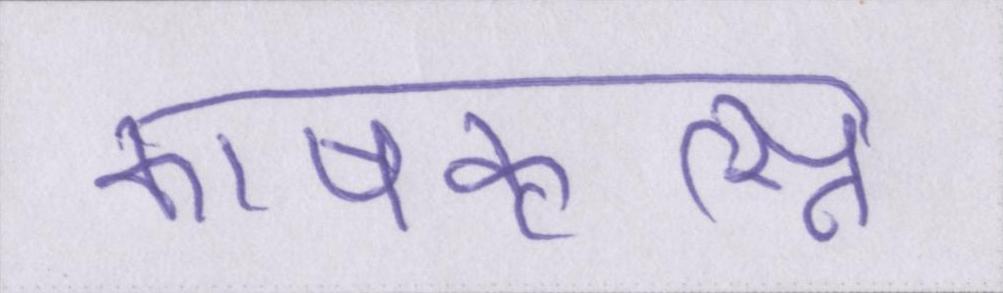
काषकृत्स्न